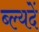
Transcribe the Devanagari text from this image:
ब्ल्यदें